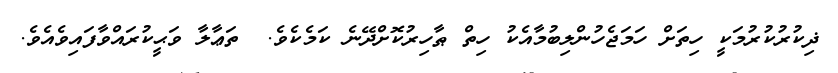
ޛިކުރުކުރުމަކީ ހިތަށް ހަމަޖެހުންލިބުމާއެކު ހިތް ޠާހިރުކޮށްދޭނެ ކަމެކެވެ.  ތަޢާލާ ވަޙީކުރައްވާފައިވެއެވެ.